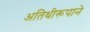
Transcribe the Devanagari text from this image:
अतिथीरूपाने